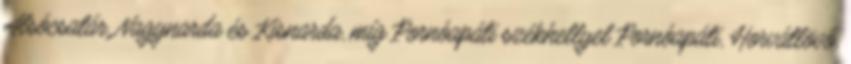
Alsócsatár, Nagynarda és Kisnarda, míg Pornóapáti székhellyel Pornóapáti, Horvátlövő,